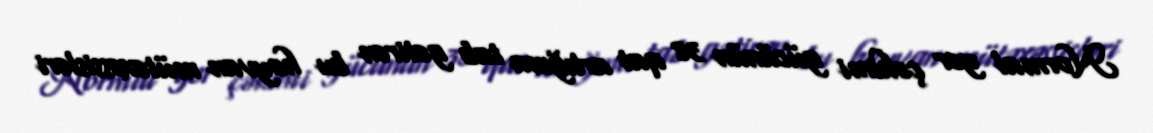
Normal yer çəkimi gücünün 38 qat artığına tab gətirən bu heyvan mütəxəssisləri